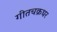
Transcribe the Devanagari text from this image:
गीतचक्रधर